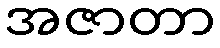
အဇာတာ